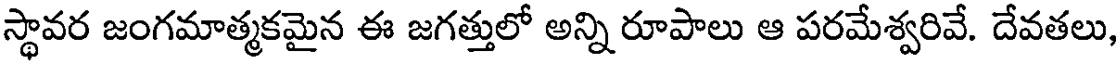
స్థావర జంగమాత్మకమైన ఈ జగత్తులో అన్ని రూపాలు ఆ పరమేశ్వరివే. దేవతలు,